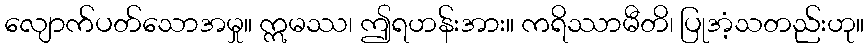
လျောက်ပတ်သောအမှု။ ဣမဿ၊ ဤရဟန်းအား။ ကရိဿာမီတိ၊ ပြုအံ့သတည်းဟု။